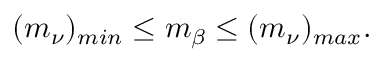
( m _ { \nu } ) _ { m i n } \leq m _ { \beta } \leq ( m _ { \nu } ) _ { m a x } .